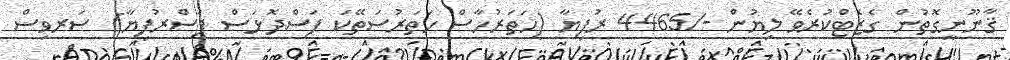
ޤާނޫނީގޮތުން ގެޒެޓްކުރެވޭ ލިޔުން -/4465 ރުފިޔާ (ހަތަރުހާސް ހަތަރުސަތޭކަ ފަސްދޮޅަސް ފަސްރުފިޔާ) ސަރވިސް